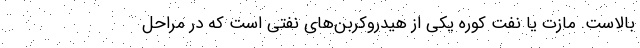
بالاست. مازت یا نفت کوره یکی از هیدروکربن‌های نفتی است که در مراحل